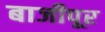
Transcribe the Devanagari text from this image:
बाजीपूर